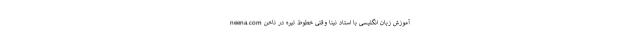
neena.com آموزش زبان انگلیسی با استاد نینا وقتی خطوط تیره در ناخن